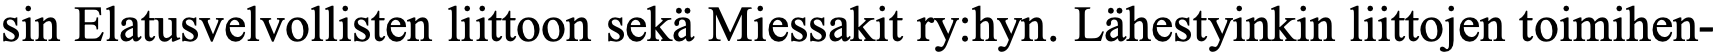
sin Elatusvelvollisten liittoon sekä Miessakit ry:hyn. Lähestyinkin liittojen toimihen-